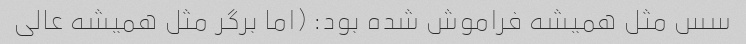
سس مثل همیشه فراموش شده بود: (اما برگر مثل همیشه عالی